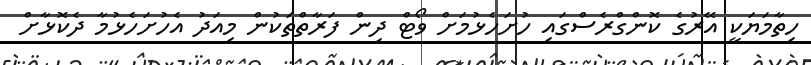
ހިތާމަޔަކީ އޭރުގެ ކޮންގްރެސްގައި ހުށަހެޅުމަށް ވޯޓް ދިން ފަރާތްތަކުން މިއަދު އެހުށަހެޅުމާ ދެކޮޅާށް